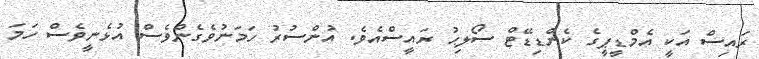
ރައިސް އަކީ އެމްޑީޕީގެ ކެންޑިޑޭޓް ސޯލިޙު ރައީސްއެވެ. އުންސުރު ހަމަނުވެގެންވެސް އުޅެނީވެސް ހަމަ